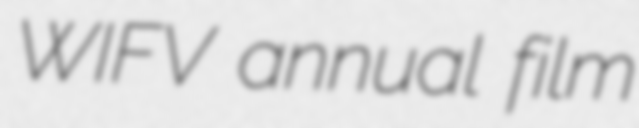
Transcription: WIFV annual film